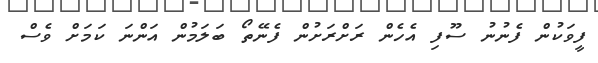
ފީވަކުން ފެނުނު ސޫފި އެހެން ރަށްރަށުން ފެނޭތޯ ބަލަމުން އަންނަ ކަމަށް ވެސް